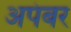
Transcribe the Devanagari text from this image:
अपंबर